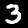
Label: 3